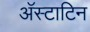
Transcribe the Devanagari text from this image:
अॅस्टाटिन